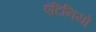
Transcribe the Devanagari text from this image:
एंटिनियो